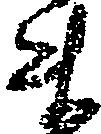
ま